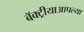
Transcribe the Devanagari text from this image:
बॅक्ट्रीयाआपल्या